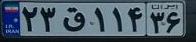
۲۳ق۱۱۴۳۶